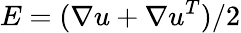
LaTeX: E=(\nabla u+\nabla u^{T})/2